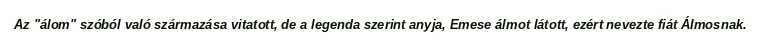
Az "álom" szóból való származása vitatott, de a legenda szerint anyja, Emese álmot látott, ezért nevezte fiát Álmosnak.